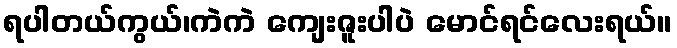
ရပါတယ်ကွယ်၊ကဲကဲ ကျေးဇူးပါပဲ မောင်ရင်လေးရယ်။